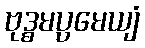
ဗုဒ္ဓမပ္ပမေယျံ